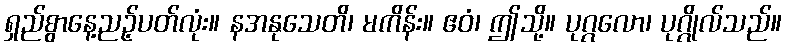
ရှည်စွာနေ့ညဉ့်ပတ်လုံး။ နအနုသေတိ၊ မကိန်း။ ဧဝံ၊ ဤသို့။ ပုဂ္ဂလော၊ ပုဂ္ဂိုလ်သည်။